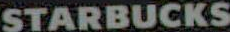
STARBUCKS